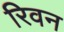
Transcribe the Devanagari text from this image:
रिवन